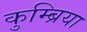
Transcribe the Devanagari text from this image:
कुम्ब्रिया